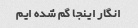
انگار اینجا گم شده ایم